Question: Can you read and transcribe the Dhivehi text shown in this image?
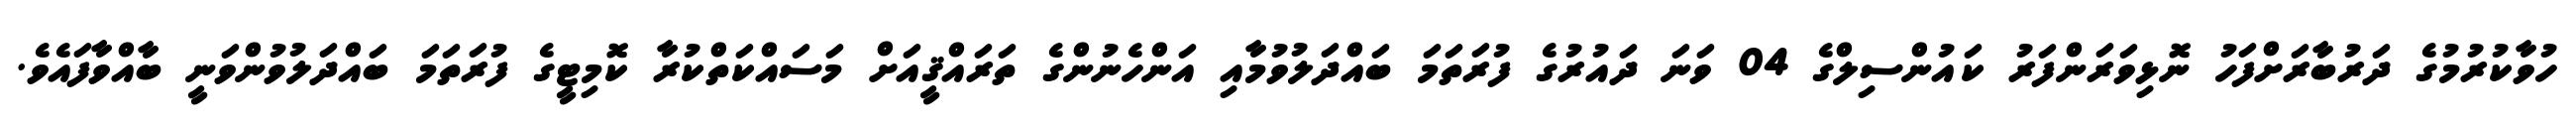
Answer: ހުވާކުރުމުގެ ދަރުބާރަށްފަހު ނޮޅިވަރަންފަރު ކައުންސިލްގެ 04 ވަނަ ދައުރުގެ ފުރަތަމަ ބައްދަލުވުމާއި އަންހެނުންގެ ތަރައްޤީއަށް މަސައްކަތްކުރާ ކޮމިޓީގެ ފުރަތަމަ ބައްދަލުވުންވަނީ ބާއްވާފައެވެ.